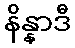
နိန္နာဒီ